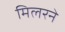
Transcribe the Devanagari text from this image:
मिलरने